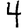
Digit: 4